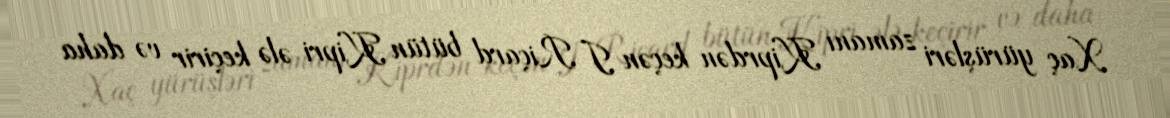
Xaç yürüşləri zamanı Kiprdən keçən I Riçard bütün Kipri ələ keçirir və daha